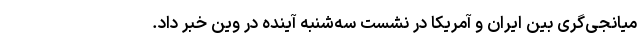
میانجی‌گری بین ایران و آمریکا در نشست سه‌شنبه آینده در وین خبر داد.